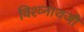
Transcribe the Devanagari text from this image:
विश्व्नाथजी